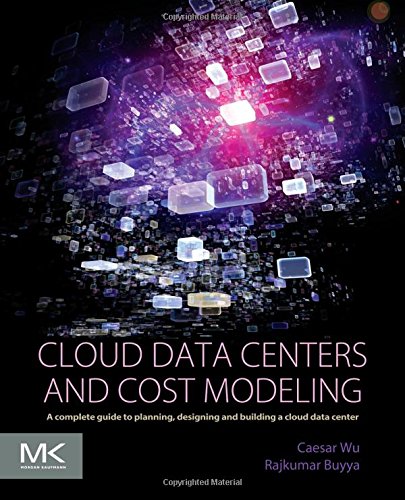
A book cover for Cloud Data Centers and Cost Modeling: A Complete Guide To Planning, Designing and Building a Cloud Data Center; Caesar Wu; Computers & Technology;